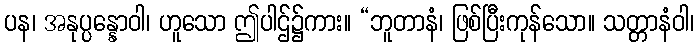
ပန၊ အနုပ္ပန္နောဝါ၊ ဟူသော ဤပါဌ်၌ကား။ “ဘူတာနံ၊ ဖြစ်ပြီးကုန်သော။ သတ္တာနံဝါ၊